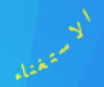
الاستغناء